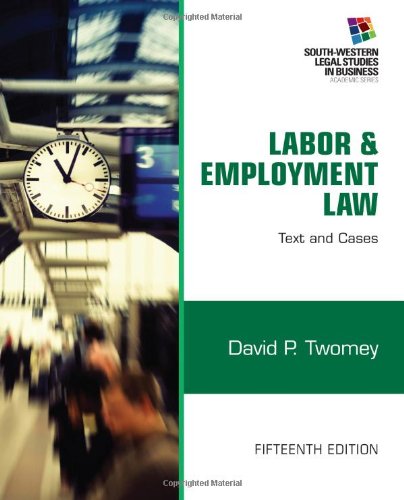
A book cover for Labor and Employment Law: Text & Cases (South-Western Legal Studies in Business); David Twomey; Law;